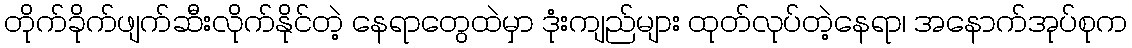
တိုက်ခိုက်ဖျက်ဆီးလိုက်နိုင်တဲ့ နေရာတွေထဲမှာ ဒုံးကျည်များ ထုတ်လုပ်တဲ့နေရာ၊ အနောက်အုပ်စုက